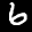
Label: 6